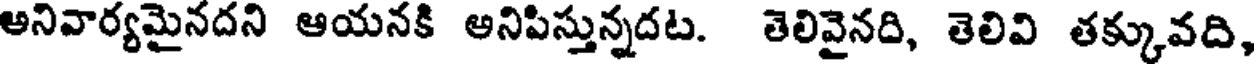
అనివార్యమైనదని ఆయనకి అనిపిస్తున్నదట. తెలివైనది, తెలివి తక్కువది,